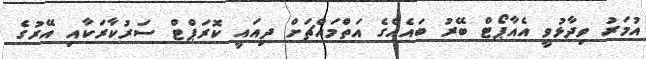
އުމަރު ވިދާޅުވީ އެއާޕޯޓް ބޭރު ބައެއްގެ އަތްމައްޗަށް ދިއައީ ކޮރަޕްޓް ސަރުކާރަކާއި އޭރުގެ